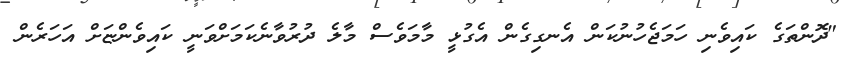
"ދޮންތަގެ ކައިވެނި ހަމަޖެހުނުކަން އެނގިގެން އެގުޅީ މާމަވެސް މާލެ ދުރުވާނެކަމަށްވަނީ ކައިވެންޏަށް އަހަރެން